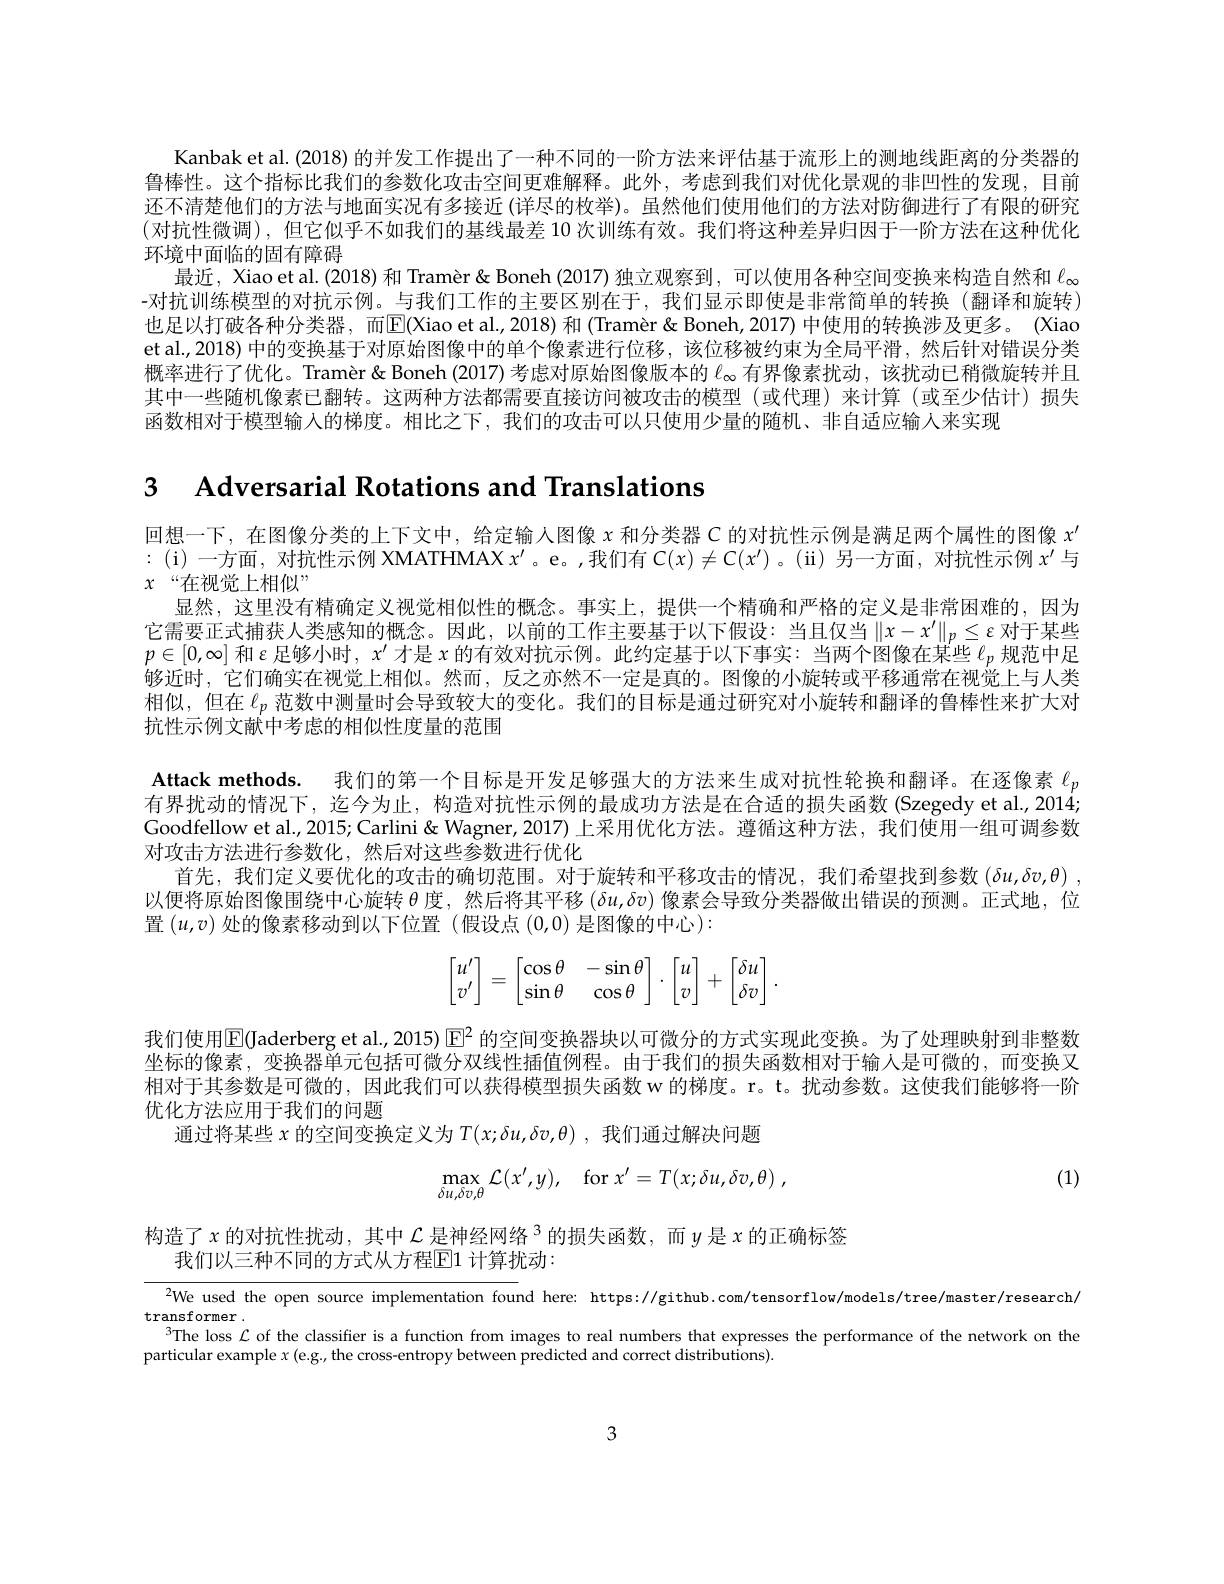
Kanbak et al. (2018) 的并发工作提出了一种不同的一阶方法来评估基于流形上的测地线距离的分类器的鲁棒性。这个指标比我们的参数化攻击空间更难解释。此外，考虑到我们对优化景观的非凹性的发现，目前还不清楚他们的方法与地面实况有多接近 (详尽的枚举)。虽然他们使用他们的方法对防御进行了有限的研究(对抗性微调),但它似乎不如我们的基线最差 10 次训练有效。我们将这种差异归因于一阶方法在这种优化环境中面临的固有障碍
最近，Xiao et al.(2018) 和 Tramèr& Boneh (2017) 独立观察到，可以使用各种空间变换来构造自然和$\ell_{\infty}$ -对抗训练模型的对抗示例。与我们工作的主要区别在于，我们显示即使是非常简单的转换(翻译和旋转) 也足以打破各种分类器，而$\boxed{\mathrm{E}}($Xiao et al.,2018) 和 (Tramèr & Boneh,2017) 中使用的转换涉及更多。(Xiao et al., 2018) 中的变换基于对原始图像中的单个像素进行位移，该位移被约束为全局平滑，然后针对错误分类概率进行了优化。Tramèr & Boneh (2017)考虑对原始图像版本的$\ell_{\infty}$有界像素扰动，该扰动已稍微旋转并且其中一些随机像素已翻转。这两种方法都需要直接访问被攻击的模型(或代理)来计算(或至少估计)损失函数相对于模型输入的梯度。相比之下，我们的攻击可以只使用少量的随机、非自适应输人来实现

3 $\textbf{Adversarial Rotations and Translations}$

回想一下，在图像分类的上下文中，给定输人图像$x$和分类器$C$的对抗性示例是满足两个属性的图像$x^{\prime}$ :(i)一方面，对抗性示例 XMATHMAX $x^\prime$。e。,我们有$C(x)\neq\mathcal{C}(x^\prime)$ 。(ii) 另一方面，对抗性示例$x^\prime$与$x$ $“ 在 视 觉 上 相 似 ”$
显然，这里没有精确定义视觉相似性的概念。事实上，提供一个精确和严格的定义是非常困难的，因为它需要正式捕获人类感知的概念。因此，以前的工作主要基于以下假设：当且仅当$\|x-x^{\prime}\|_p\leq\varepsilon$ 对于某些$p\in[0,\infty]$和$\varepsilon$足够小时，$x^{\prime}$才是$x$的有效对抗示例。此约定基于以下事实：当两个图像在某些$\ell_p$规范中足够近时，它们确实在视觉上相似。然而，反之亦然不一定是真的。图像的小旋转或平移通常在视觉上与人类相似，但在$\ell_p$范数中测量时会导致较大的变化。我们的目标是通过研究对小旋转和翻译的鲁棒性来扩大对抗性示例文献中考虑的相似性度量的范围
Attack methods. 我们的第一个目标是开发足够强大的方法来生成对抗性轮换和翻译。在逐像素$\ell_p$ 有界扰动的情况下，迄今为止，构造对抗性示例的最成功方法是在合适的损失函数(Szegedy et al.,2014; Goodfellow et al., 2015; Carlini & Wagner, 2017) 上采用优化方法。遵循这种方法，我们使用一组可调参数对攻击方法进行参数化，然后对这些参数进行优化
首先，我们定义要优化的攻击的确切范围。对于旋转和平移攻击的情况，我们希望找到参数$( \delta u, \delta v, \theta )$ , 以便将原始图像围绕中心旋转$\theta$度，然后将其平移$(\delta u,\delta v)$像素会导致分类器做出错误的预测。正式地，位置$(u,v)$处的像素移动到以下位置 (假设点(0,0)是图像的中心):
$$\begin{bmatrix}u'\\v'\end{bmatrix}=\begin{bmatrix}\cos\theta&-\sin\theta\\\sin\theta&\cos\theta\end{bmatrix}\cdot\begin{bmatrix}u\\v\end{bmatrix}+\begin{bmatrix}\delta u\\\delta v\end{bmatrix}.$$
我们使用$\overline{\mathbb{E}}($Jaderberg et al.,2015)$\mathbb{E}^2$ 的空间变换器块以可微分的方式实现此变换。为了处理映射到非整数坐标的像素，变换器单元包括可微分双线性插值例程。由于我们的损失函数相对于输入是可微的，而变换又相对于其参数是可微的，因此我们可以获得模型损失函数 w 的梯度。r。t。扰动参数。这使我们能够将一阶优化方法应用于我们的问题
通过将某些$x$的空间变换定义为$T(x;\delta u,\delta v,\theta)$,我们通过解决问题
$$\max\limits_{\delta u,\delta v,\theta}\mathcal{L}(x',y),\quad\mathrm{for}\:x'=T(x;\delta u,\delta v,\theta)\:,$$
(1)

构造了$x$ 的对抗性扰动，其中 $\mathcal{L} \text{ 是 神 经 网 络  }^3$ 的损失函数，而$y$ 是$x$ 的正确标签

我们以三种不同的方式从方程$\underline{\mathrm{E}}1$ 计算扰动：

${^{2}\text{We used the open source implementation found here: https://github.com/tensorflow/models/tree/master/research/}}$
$\operatorname{transformer}.$
3The loss $\mathcal{L}$ of the classifier is a function from images to real numbers that expresses the performance of the network on the
particular example $x\left(\mathrm{e.g.,~the~cross-entropy~between~predicted~and~correct~distributions)}.\right)$

3